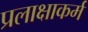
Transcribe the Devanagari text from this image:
प्रलाक्षाकर्म